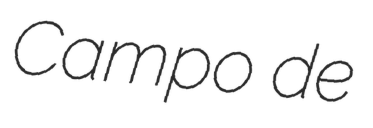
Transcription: Campo de